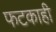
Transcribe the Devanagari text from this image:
फटकाही